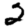
Digit: 2